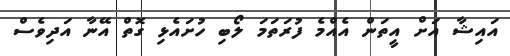
އައިޝާ އަށް އީތަން އެއްމެ ފުރަތަމަ ލޯބި ހުށައެޅި ގޮތް އޭނާ އަދިވެސް